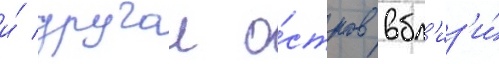
и́ другои о́стров вбл'из'и́